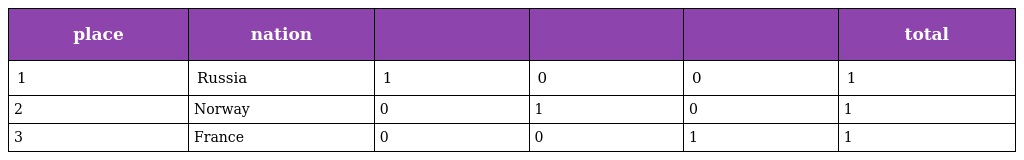
| place | nation |  |  |  | total |
 | --- | --- | --- | --- | --- | --- |
 | 1 | Russia | 1 | 0 | 0 | 1 |
 | 2 | Norway | 0 | 1 | 0 | 1 |
 | 3 | France | 0 | 0 | 1 | 1 |